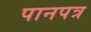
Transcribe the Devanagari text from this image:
पानपत्र